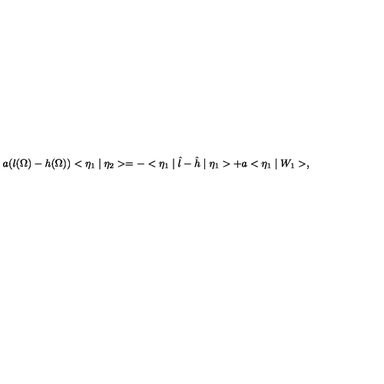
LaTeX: a ( l ( \Omega ) - h ( \Omega ) ) < \eta _ { 1 } \mid \eta _ { 2 } > = - < \eta _ { 1 } \mid \hat { l } - \hat { h } \mid \eta _ { 1 } > + a < \eta _ { 1 } \mid W _ { 1 } > ,